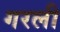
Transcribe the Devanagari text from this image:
गरली